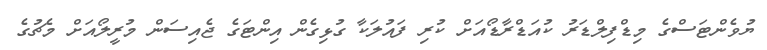
ޔުވެންޓަސްގެ މިޑްފިލްޑަރު ކުއަޑްރާޑޯއަށް ކުރި ފައުލަކާ ގުޅިގެން އިންޓަގެ ޖެއިސަން މުރީލޯއަށް މެޗުގެ